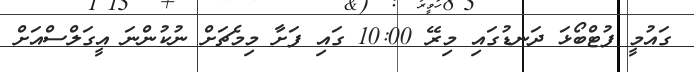
ގައުމީ ފުޓްބޯޅަ ދަނޑުގައި މިރޭ 10:00 ގައި ފަށާ މިމެޗަށް ނުކުންނަ އީގަލްސްއަށް